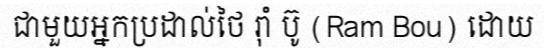
ជាមួយអ្នកប្រដាល់ថៃ រ៉ាំ ប៊ូ (Ram Bou) ដោយ